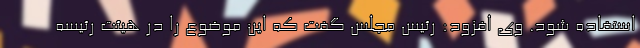
استفاده شود. وی افزود: رئیس مجلس گفت که این موضوع را در هیئت رئیسه